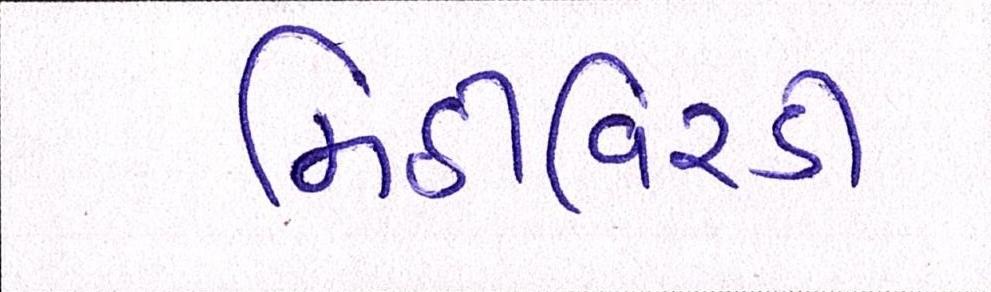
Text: મિઠીવિરડી